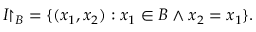
I { \upharpoonright _ { B } } = \{ ( x _ { 1 } , x _ { 2 } ) : x _ { 1 } \in B \land x _ { 2 } = x _ { 1 } \} .